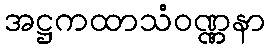
အဋ္ဌကထာသံဝဏ္ဏနာ